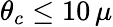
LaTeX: \theta_{c}\le 10\, \mu